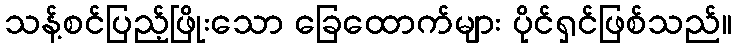
သန့်စင်ပြည့်ဖြိုးသော ခြေထောက်များ ပိုင်ရှင်ဖြစ်သည်။